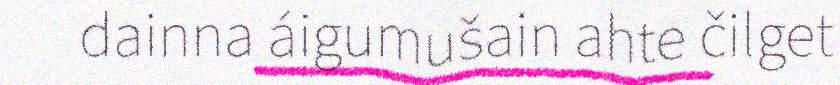
dainna áigumušain ahte čilget